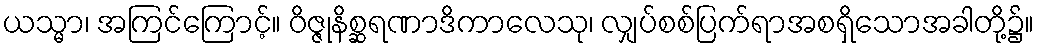
ယသ္မာ၊ အကြင်ကြောင့်။ ဝိဇ္ဇုနိစ္ဆရဏာဒိကာလေသု၊ လျှပ်စစ်ပြက်ရာအစရှိသောအခါတို့၌။